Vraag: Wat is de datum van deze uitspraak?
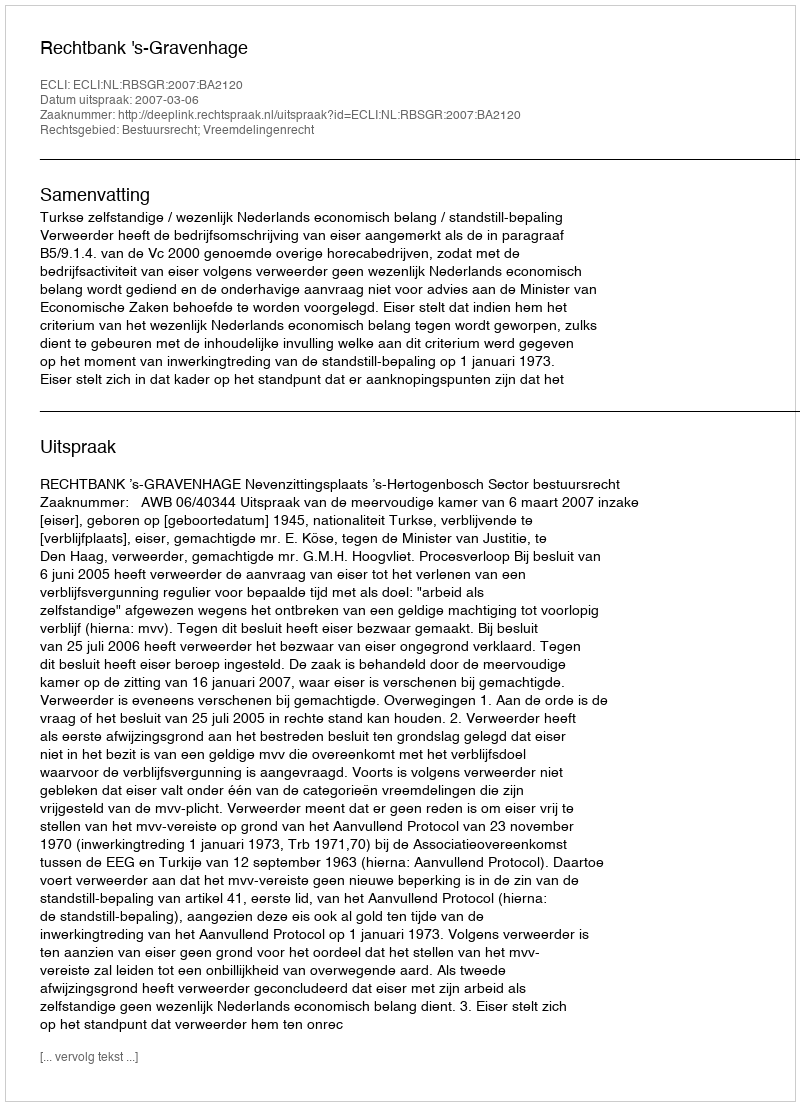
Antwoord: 2007-03-06